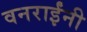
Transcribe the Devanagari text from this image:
वनराईंनी